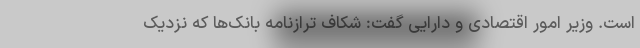
است. وزیر امور اقتصادی و دارایی گفت: شکاف ترازنامه بانک‌ها که نزدیک